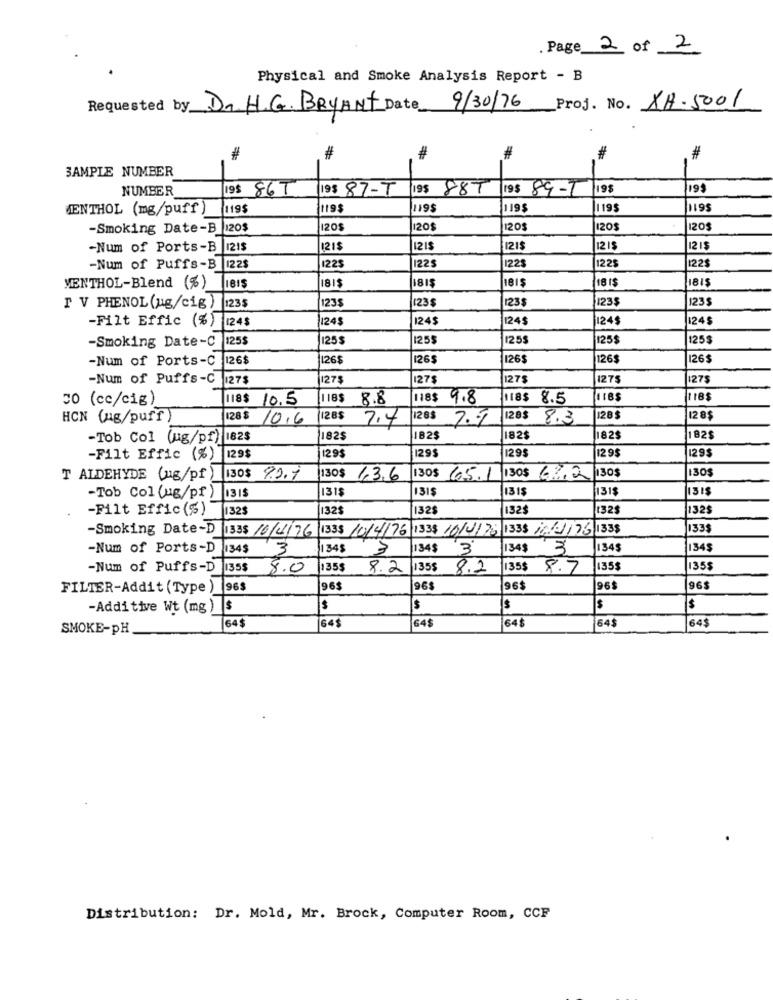
Page 2 of 2
Physical and Smoke Analysis Report - B
Requested by D. H.G. BRYANT Date 9/30/76 Proj. No. XA-5001
#
#
#
#
#
3AMPLE NUMBER
-
NUMBER
19$ 867
19$ 87-T
19$ 887
19$ 89-1
19$
199
MENTHOL (mg/puff)
119$
119$
119$
1195
195
-Smoking Date-B 120$
20$
120$
120$
120$
120$
-Num of Ports-B |121$
21$
121$
121$
1215
12 15
1225
122$
-Num of Puffs-B |122$
1225
1225
122$
MENTHOL-Blend (%)
18 1$
1815
181$
1235
123$
123$
123$
1235
T V PHENOL (ug/cig ) |1235
124$
24$
24$
124$
24$
-Filt Effic (%) 124$
-Smoking Date-C
125$
1255
1255
1255
125$
125$
-Num of Ports-C
1265
26$
126$
126$
126$
26$
-Num of Puffs-C 127$
275
1275
1275
1275
1275
co (cc/cig)
118$ 10.5
IB$ 8.8
118$ 9.8
118$ 8.5
118$
118$
HON (mg/puff)
128 $ 10.6
128$
128$
7.9
128$
8.3
28$
28$
2.4
-Tob Col (ug/pf) 182$
182$
182$
182$
182$
182$
129$
-Filt Effic (%)
129$
129$
129$
129$
29$
T ALDEHYDE Cus/pf
130$ 9.2.7
130$ 1.3.6
130$ 65.1 130$ 68,2 130$
130$
131$
1318
315
131$
131$
131$
-Tob Col (ug/pf )
-Filt Effic (%)
1325
325
32$
132$
132
32$
-Smoking Date-D 1335 /6/01/76 1335 /0/4/76 1338 10/4/ 76 1338 16 :: //75 1338
1335
-Num of Ports-D 134$
3
34
34$
3'
1348
1345
134$
-Num of Puffs-D
1355
8.0
135$
8.2
1355
8.2
135$ 8.7
1355
135$
FILTER-Addit (Type
965
96$
96$
96$
96$
96$
-Additive Wt (mg )
$
$
$
$
64$
645
64$
64$
SMOKE-pH
64$
64$
Distribution: Dr. Mold, Mr. Brock, Computer Room, CCF